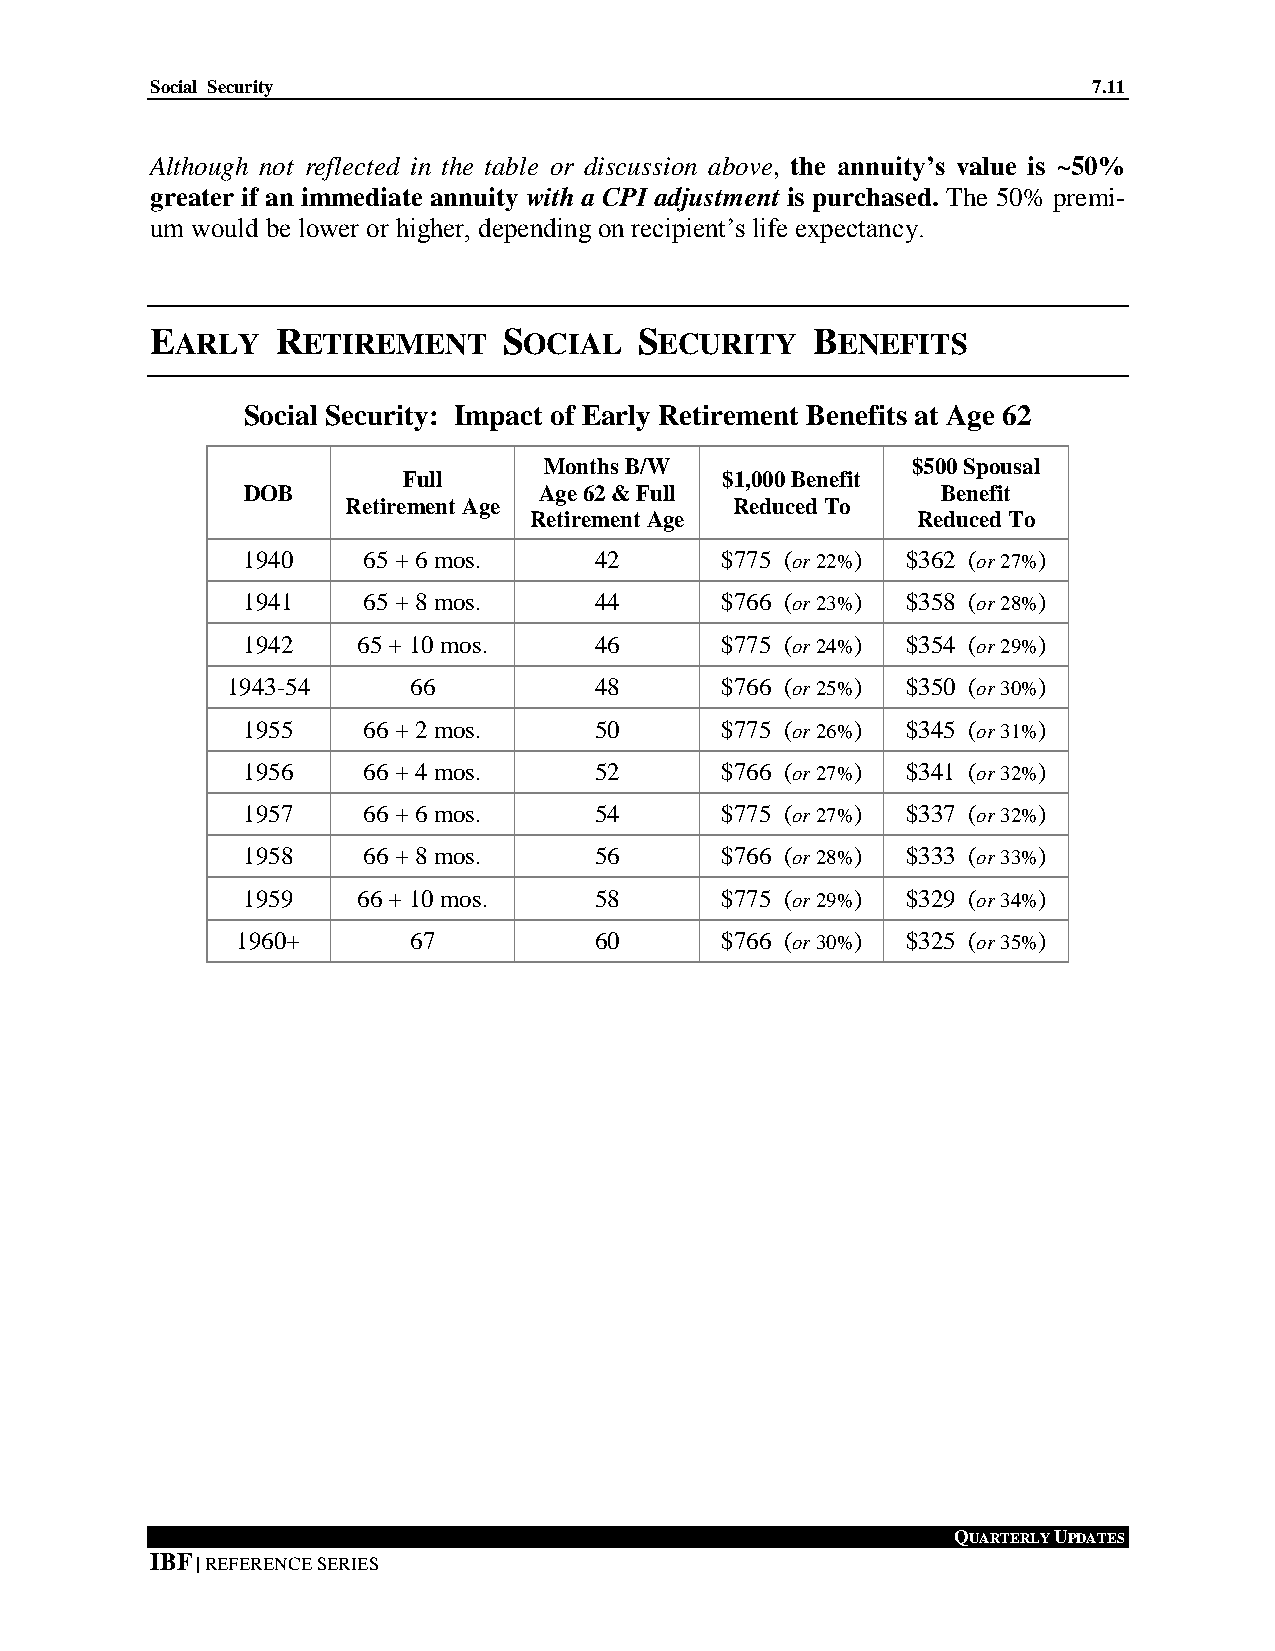
Social Security                                               7.11
 Although not reflected in the table or discussion above, the annuity’s value is ~50%
 greater if an immediate annuity with a CPI adjustment is purchased. The 50% premi-
 um would be lower or higher, depending on recipient’s life expectancy.
 EARLY   RETIREMENT     SOCIAL   SECURITY    BENEFITS
 Social Security: Impact of Early Retirement Benefits at Age 62
 Months B/W              $500 Spousal
 Full                 $1,000 Benefit
 DOB                 Age 62 & Full             Benefit
 Retirement Age            Reduced To
 Retirement Age            Reduced To
 1940    65 + 6 mos.    42       $775 (or 22%) $362 (or 27%)
 1941    65 + 8 mos.    44       $766 (or 23%) $358 (or 28%)
 1942    65 + 10 mos.   46       $775 (or 24%) $354 (or 29%)
 1943-54     66          48       $766 (or 25%) $350 (or 30%)
 1955    66 + 2 mos.    50       $775 (or 26%) $345 (or 31%)
 1956    66 + 4 mos.    52       $766 (or 27%) $341 (or 32%)
 1957    66 + 6 mos.    54       $775 (or 27%) $337 (or 32%)
 1958    66 + 8 mos.    56       $766 (or 28%) $333 (or 33%)
 1959    66 + 10 mos.   58       $775 (or 29%) $329 (or 34%)
 1960+      67          60       $766 (or 30%) $325 (or 35%)
 QUARTERLY UPDATES
 IBF | REFERENCE SERIES